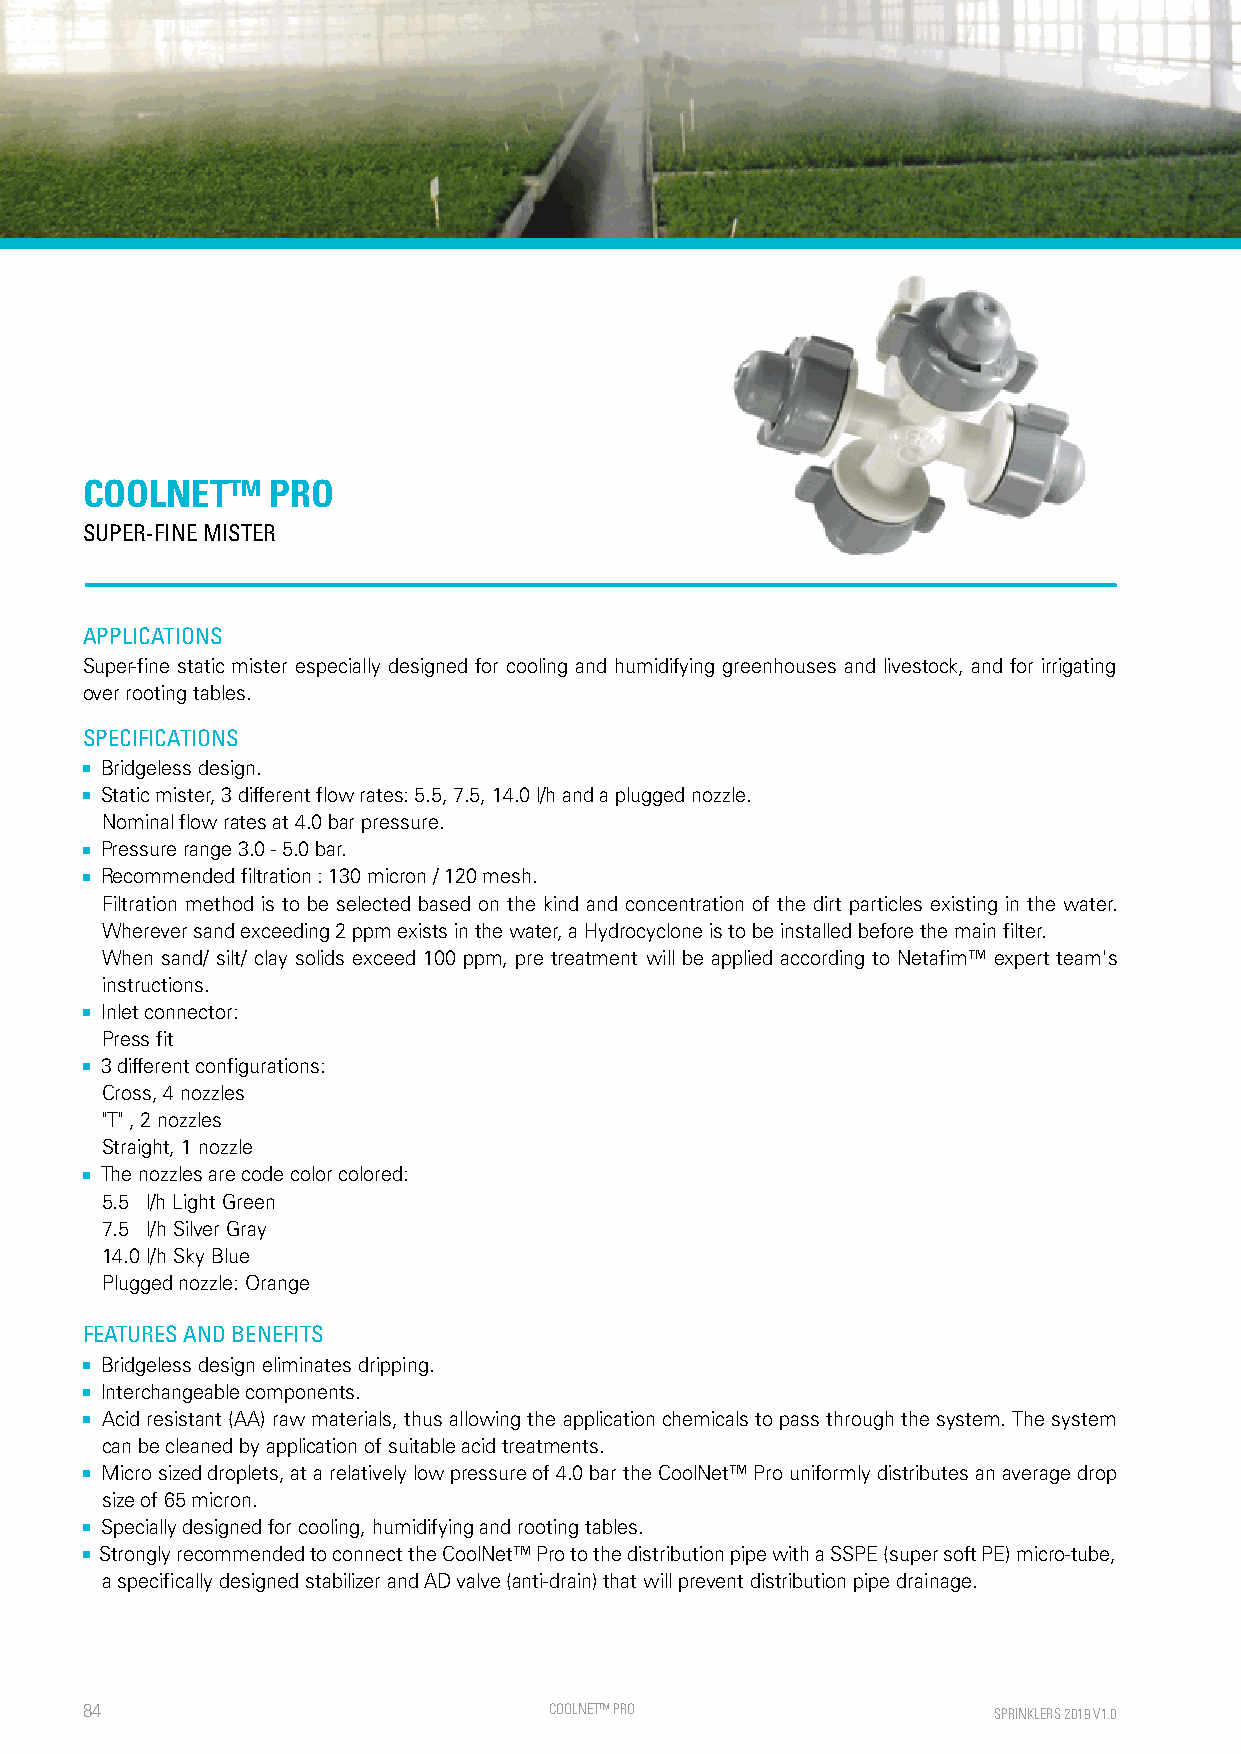
COOLNET™     PRO
 SUPER-FINE MISTER
 APPLICATIONS
 Super-fine static mister especially designed for cooling and humidifying greenhouses and livestock, and for irrigating
 over rooting tables.
 SPECIFICATIONS
 ■ Bridgeless design.
 ■ Static mister, 3 different flow rates: 5.5, 7.5, 14.0 l/h and a plugged nozzle.
 Nominal flow rates at 4.0 bar pressure.
 ■ Pressure range 3.0 - 5.0 bar.
 ■ Recommended filtration : 130 micron / 120 mesh.
 Filtration method is to be selected based on the kind and concentration of the dirt particles existing in the water.
 Wherever sand exceeding 2 ppm exists in the water, a Hydrocyclone is to be installed before the main filter.
 When sand/ silt/ clay solids exceed 100 ppm, pre treatment will be applied according to Netafim™ expert team's
 instructions.
 ■ Inlet connector:
 Press fit
 ■ 3 different configurations:
 Cross, 4 nozzles
 "T" , 2 nozzles
 Straight, 1 nozzle
 ■ The nozzles are code color colored:
 5.5 l/h Light Green
 7.5 l/h Silver Gray
 14.0 l/h Sky Blue
 Plugged nozzle: Orange
 FEATURES AND BENEFITS
 ■ Bridgeless design eliminates dripping.
 ■ Interchangeable components.
 ■ Acid resistant (AA) raw materials, thus allowing the application chemicals to pass through the system. The system
 can be cleaned by application of suitable acid treatments.
 ■ Micro sized droplets, at a relatively low pressure of 4.0 bar the CoolNet™ Pro uniformly distributes an average drop
 size of 65 micron.
 ■ Specially designed for cooling, humidifying and rooting tables.
 ■ Strongly recommended to connect the CoolNet™ Pro to the distribution pipe with a SSPE (super soft PE) micro-tube,
 a specifically designed stabilizer and AD valve (anti-drain) that will prevent distribution pipe drainage.
 84                             COOLNE T™ PRO                 SPRINKLERS 2019 V1.0